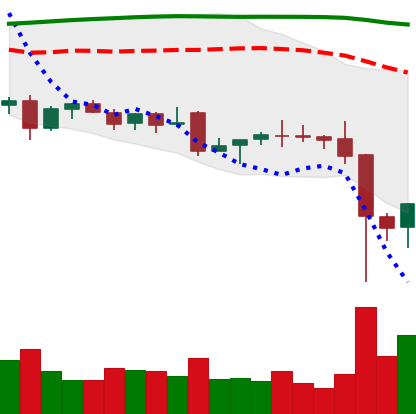
Ticker: EOS-USD
Chart end date: 2021-12-06
Forward return: 3.864%
Label: up_3_5